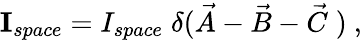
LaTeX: {\mathbf I}_{space}=I_{space}\; \delta(\vec{A}-\vec{B}-\vec{C}\; )\ ,